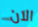
الآن